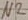
Text: N2